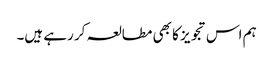
ہم اس تجویز کا بھی مطالعہ کر رہے ہیں۔